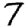
Digit: 7